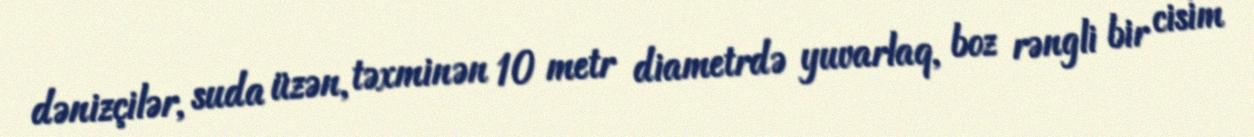
dənizçilər, suda üzən, təxminən 10 metr diametrdə yuvarlaq, boz rəngli bir cisim